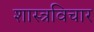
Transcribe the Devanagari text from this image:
शास्त्रविचार